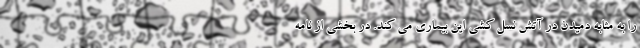
را به مثابه دمیدن در آتش نسل کشی این بیماری می کند. در بخشی از نامه